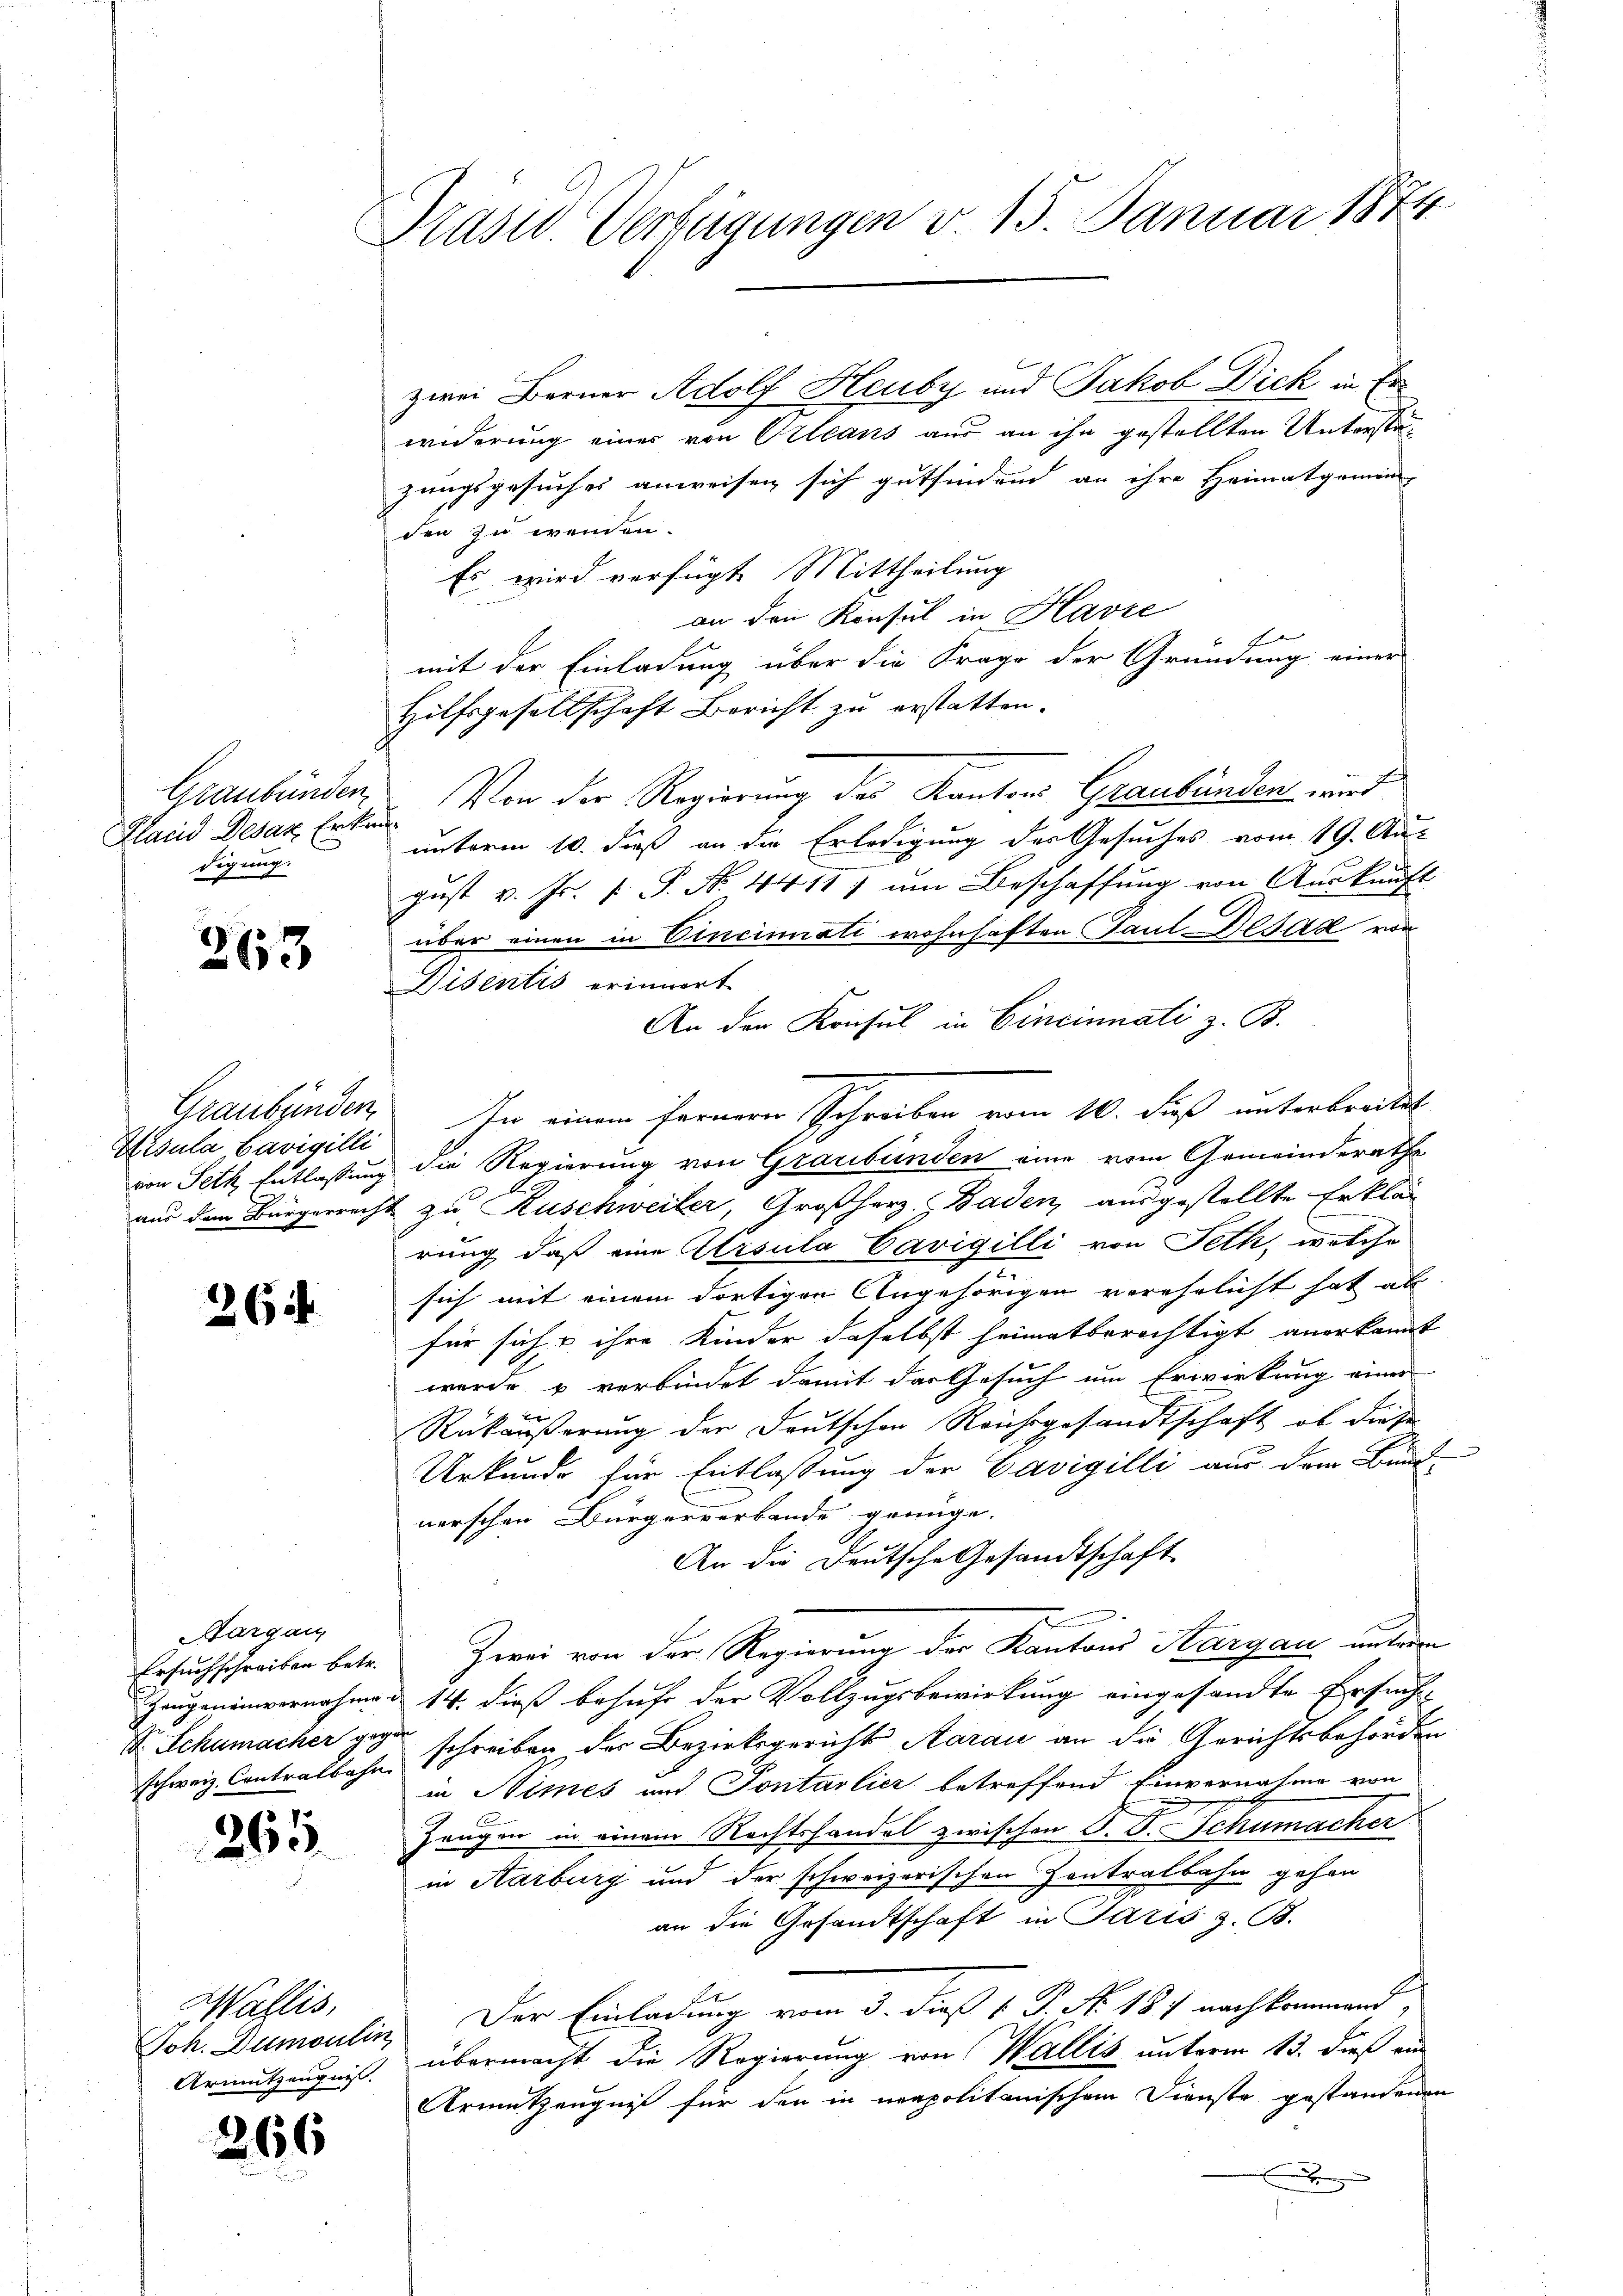
Graubünden
Fland Desaz Erken
digung.

263

Hisula Savigilli

264

Aargau,
Ersuchschreiben betr.
schweiz. Contralbahn.

265.

Wallis,

21

66

Präsid. Verfügungen v. 15. Januar 18

zwei Berner Adolf Heuby und Jakob Dick, in Erwiderung einer von Orleans aus an ihn gestellten Unterstezungsgesuches anweisen sich gutfinden an ihre Heimatgemein-
den zu wenden.
Es wird verfügt Mittheilung
an den Konsul in Havre
Geden
mit der Einladung über die Frage der Gründung einer
Hilfsgesellschaft Bericht zu erstatten.
Von der Regierung der Kantons Graubünden wird
s
unterm 10. dieß an die Erledigung des Gesuches vom 19. Aus
gust v. Js. v. P. Nr. 4411; um Beschaffung von Auskunft
über einen in Vincinati wohnhaften Paul Disak vor
Disentis erinnert
An den Konsul in Cincinnati z. B.
Graubünden. In einem ferneren Schreiben vom 10. Fuß unterbreitet
von Peth Entlassung die Regierung von Graubünden eine vom Gemeinderaths
aus den Bürgerrecht zu Kuschweiler, Großherz, Baden ausgestellte Erklär
rung, daß eine Ursula Cavigilli von Seth, welche
sich mit einem dortigen Angehörigen verehelicht hat al
für sich & ihre Kinder daselbst heimatberichtigt anerkannt
wurde u verbindet damit das Gesuch um Erwirkung einer
Rükäußerung der Deutschen Reichsgesandtschaft, ob diese
Urkunde für Entlassung der Cavigilli aus dem Bund-
nerschen Bürgerverbande genüge.
An die Deutsche Gesandtschaft
Zwei von der Regierung der Kantons Aargau unter
Zeugenenvernahme d 14. dieß behufe der Vollzugsbewirkung eingesandte Ersuch-
Dr. Schumacher gegen schreiben der Bezirksgericht Aarau an die Gerichtsbehörden
in Himes und Sontarlier betreffend Einvernahme von
Zeugen in einem Rechtshandel zwischen S. D. Schumacher
in Karburg und der schweizerischen Zontralbahn gehen
an die Gesandtschaft in Paris z. B.
2
Joh. Dumoulin, Der Einladung vom 3. dieß v. P. N. 187 nachkommend,
Armutzeugniß übermacht die Regierung von Wallis unterm 13. dieß an
Armntzeugniß für den in neapolitanischem Dienste gestandenen
x